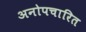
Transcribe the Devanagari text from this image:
अनोपचारित